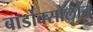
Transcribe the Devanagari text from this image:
बार्डोक्सोलोन